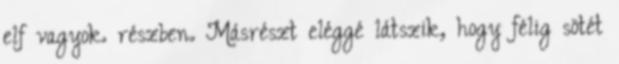
elf vagyok. részben. Másrészt eléggé látszik, hogy félig sötét